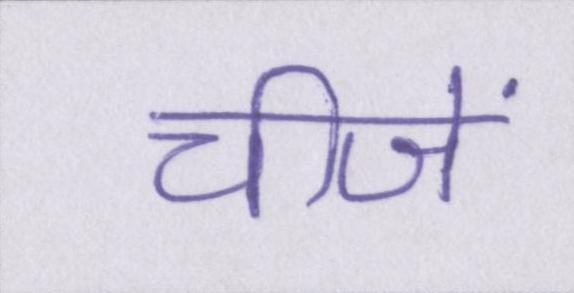
चीजें